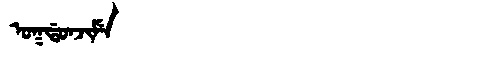
Manchu: ᠣᡴᡩᠣᠨᠵᡳᠮᡝ
Romanization: OKDONJIME